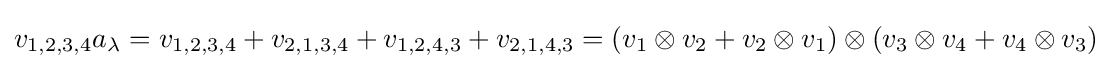
v_{1,2,3,4}a_{\lambda }=v_{1,2,3,4}+v_{2,1,3,4}+v_{1,2,4,3}+v_{2,1,4,3}=(v_{1}\otimes v_{2}+v_{2}\otimes v_{1})\otimes (v_{3}\otimes v_{4}+v_{4}\otimes v_{3})